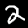
Label: 2